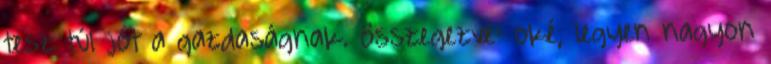
tesz túl jót a gazdaságnak. összegezve: oké, legyen nagyon